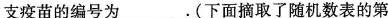
支疫苗的编号为___.(下面摘取了随机数表的第